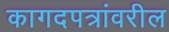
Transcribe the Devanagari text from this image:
कागदपत्रांवरील